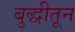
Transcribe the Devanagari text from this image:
बुद्धीतून